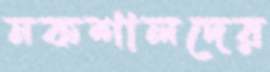
নকশালদের